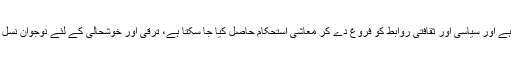
حسن روحانی کا مزید کہنا تھا کہ دونوں ممالک میں اقتصادی استحکام بہت ضروری ہے اور سیاسی اور ثقافتی روابط کو فروغ دے کر معاشی استحکام حاصل کیا جا سکتا ہے، ترقی اور خوشحالی کے لئے نوجوان نسل کو بہترین مستقبل فراہم کرنے کے لیے دونوں ممالک کو آپس میں تعاون بڑھانا ہو گا۔